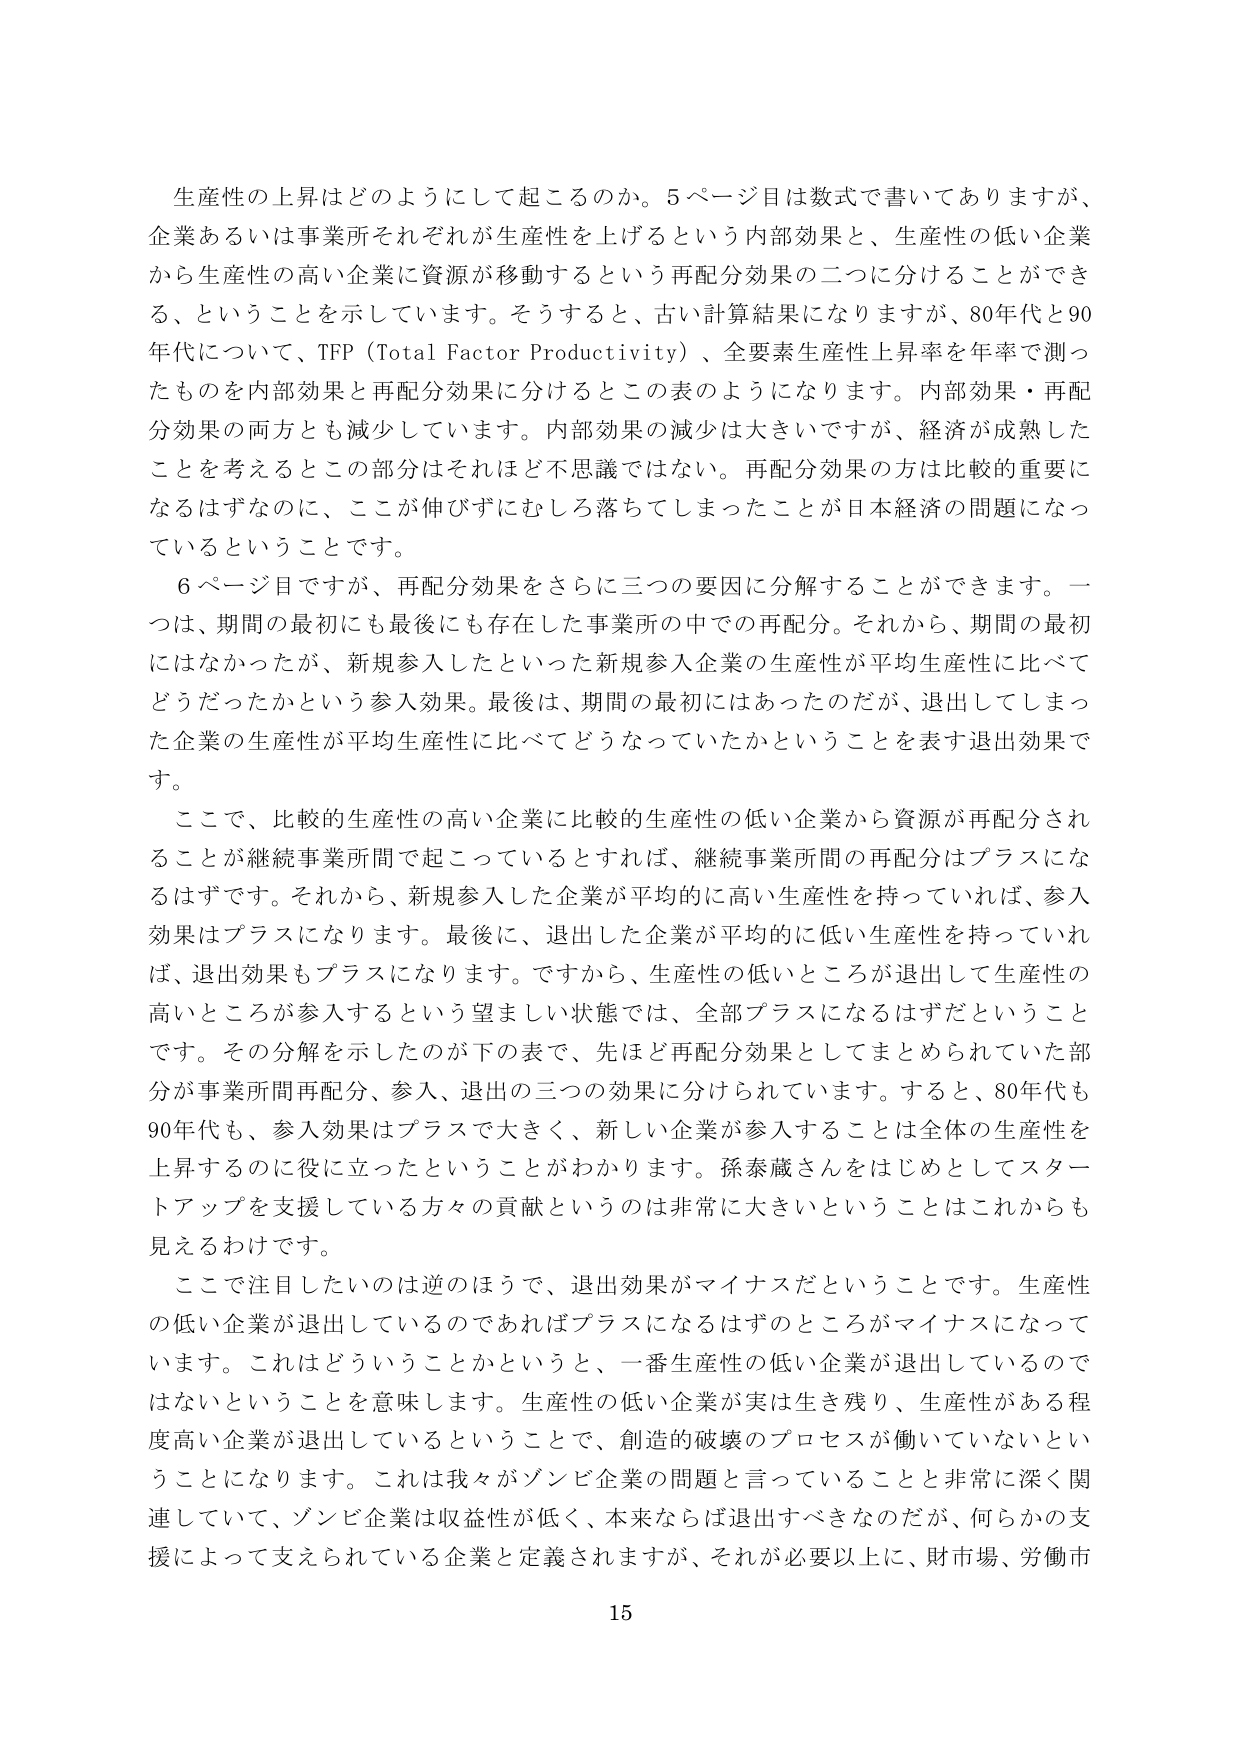
生産性の上昇はどのようにして起こるのか。5ページ目は数式で書いてありますが、企業あるいは事業所それぞれが生産性を上げるという内部効果と、生産性の低い企業から生産性の高い企業に資源が移動するという再配分効果の二つに分けることができる、ということを示しています。そうすると、古い計算結果になりますが、80年代と90年代について、TFP（Total Factor Productivity）、全要素生産性上昇率を年率で測ったものを内部効果と再配分効果に分けるとこの表のようになります。内部効果・再配分効果の両方とも減少しています。内部効果の減少は大きいですが、経済が成熟したことを考えるとこの部分はそれほど不思議ではない。再配分効果の方は比較的重要になるはずなのに、ここが伸びずにむしろ落ちてしまったことが日本経済の問題になっているということです。

6ページ目ですが、再配分効果をさらに三つの要因に分解することができます。一つは、期間の最初にも最後にも存在した事業所の中での再配分。それから、期間の最初にはなかったが、新規参入したといった新規参入企業の生産性が平均生産性に比べてどうだったかという参入効果。最後は、期間の最初にはあったのだが、退出してしまった企業の生産性が平均生産性に比べてどうなっていたかということを表す退出効果です。

ここで、比較的生産性の高い企業に比較的生産性の低い企業から資源が再配分されることが継続事業所間で起こっているとすれば、継続事業所間の再配分はプラスになるはずです。それから、新規参入した企業が平均的に高い生産性を持っていれば、参入効果はプラスになります。最後に、退出した企業が平均的に低い生産性を持っていれば、退出効果もプラスになります。ですから、生産性の低いところが退出して生産性の高いところが参入するという望ましい状態では、全部プラスになるはずだということです。その分解を示したのが下の表で、先ほど再配分効果としてまとめられていた部分が事業所間再配分、参入、退出の三つの効果に分けられています。すると、80年代も90年代も、参入効果はプラスで大きく、新しい企業が参入することは全体の生産性を上昇するのに役に立ったということがわかります。孫泰蔵さんをはじめとしてスタートアップを支援している方々の貢献というのは非常に大きいということはこれからも見えるわけです。

ここで注目したいのは逆のほうで、退出効果がマイナスだということです。生産性の低い企業が退出しているのであればプラスになるはずのところがマイナスになっています。これはどういうことかというと、一番生産性の低い企業が退出しているのではないということを意味します。生産性の低い企業が実は生き残り、生産性がある程度高い企業が退出しているということで、創造的破壊のプロセスが働いていないということになります。これは我々がゾンビ企業の問題と言っていることと非常に深く関連していて、ゾンビ企業は収益性が低く、本来ならば退出すべきなのだが、何らかの支援によって支えられている企業と定義されますが、それが必要以上に、財市場、労働市

15